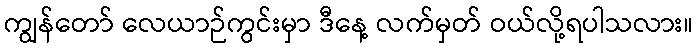
ကျွန်တော် လေယာဉ်ကွင်းမှာ ဒီနေ့ လက်မှတ် ဝယ်လို့ရပါသလား။